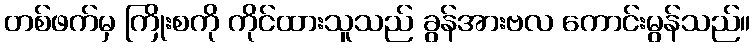
တစ်ဖက်မှ ကြိုးစကို ကိုင်ထားသူသည် ခွန်အားဗလ ကောင်းမွန်သည်။